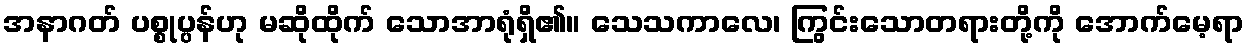
အနာဂတ် ပစ္စုပ္ပန်ဟု မဆိုထိုက် သောအာရုံရှိ၏။ သေသကာလေ၊ ကြွင်းသောတရားတို့ကို အောက်မေ့ရာ